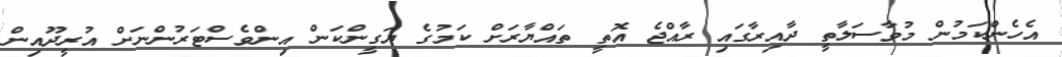
އެހެންކަމުން މުވާސަލާތީ ދާއިރާގައި ރާއްޖެ އޮތީ ތައްޔާރަށް ކަމުގެ ޔަގީންކަން އިންވެސްޓަރުންނަށް އުރީދޫއިން